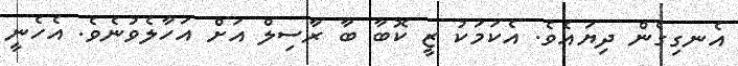
އެނގިގެން ދިޔައެވެ. އެކަމަކު ޒީ ކޮބާ ބާ ރާސިލް އަށް އަހާލެވުނެވެ. އެހެނީ